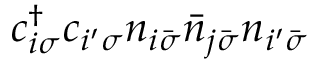
c _ { i \sigma } ^ { \dagger } c _ { i ^ { \prime } \sigma } n _ { i \bar { \sigma } } \bar { n } _ { j \bar { \sigma } } n _ { i ^ { \prime } \bar { \sigma } }